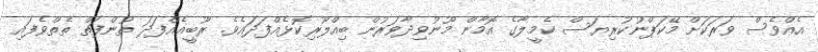
އެއްވެސް ވަރަކަށް މޭކަޕްނުކުރިޔަސް ކެމީލާގެ އޮމާން މޫނުވިދާވަރުން ބިއްލޫރިކޮޅެއްފަދައެވެ. ރޫބީއެއްފަދަ ތުންފަތް ތެތްވެފައި